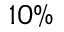
1 0 \%